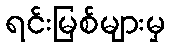
ရင်းမြစ်များမှ